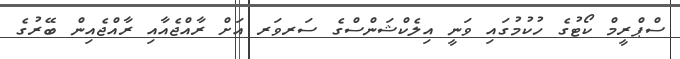
ސްޕްރީމް ކޯޓުގެ ހުކުމުގައި ވަނީ އިލެކްޝަންސްގެ ސަރވަރ އަށް ރާއްޖެއާއި ރާއްޖެއިން ބޭރުގެ